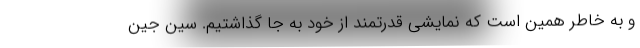
و به خاطر همین است که نمایشی قدرتمند از خود به جا گذاشتیم. سین جین